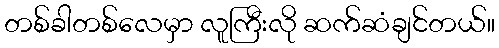
တစ်ခါတစ်လေမှာ လူကြီးလို ဆက်ဆံချင်တယ်။